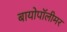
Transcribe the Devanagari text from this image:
बायोपॉलीमर